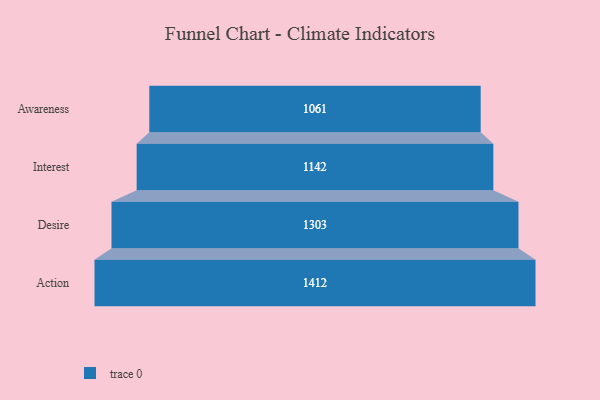
{"axis": {"x": "Stage", "y": "Value"}, "legend": [""], "data": [{"x": "Awareness", "y": 1061.0, "type": ""}, {"x": "Interest", "y": 1142.0, "type": ""}, {"x": "Desire", "y": 1303.0, "type": ""}, {"x": "Action", "y": 1412.0, "type": ""}]}